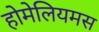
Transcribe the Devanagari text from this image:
होमेलियमस